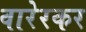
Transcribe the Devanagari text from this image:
वारेरकर